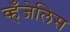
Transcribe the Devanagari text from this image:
व्हँजेलिस